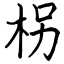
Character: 柺